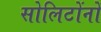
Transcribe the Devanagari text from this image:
सोलिटोंनों